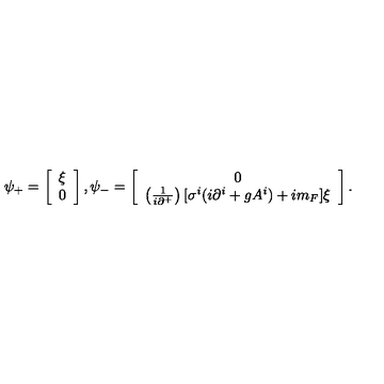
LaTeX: \psi _ { + } = \left[ \begin{array} { l } { \xi } \\ { 0 } \\ \end{array} \right] , \psi _ { - } = \left[ \begin{array} { c } { 0 } \\ { \left( \frac { 1 } { i \partial ^ { + } } \right) [ \sigma ^ { i } ( i \partial ^ { i } + g A ^ { i } ) + i m _ { F } ] \xi } \\ \end{array} \right] .